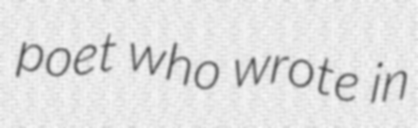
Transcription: poet who wrote in